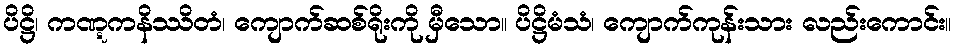
ပိဋ္ဌိ၊ ကဏ္ဋကနိဿိတံ၊ ကျောက်ဆစ်ရိုးကို မှီသော။ ပိဋ္ဌိမံသံ၊ ကျောက်ကုန်းသား လည်းကောင်း။